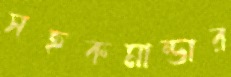
সহকমান্ডার